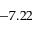
- 7 . 2 2